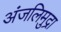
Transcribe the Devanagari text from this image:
अंजलिमुद्रा